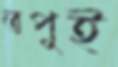
তপুই